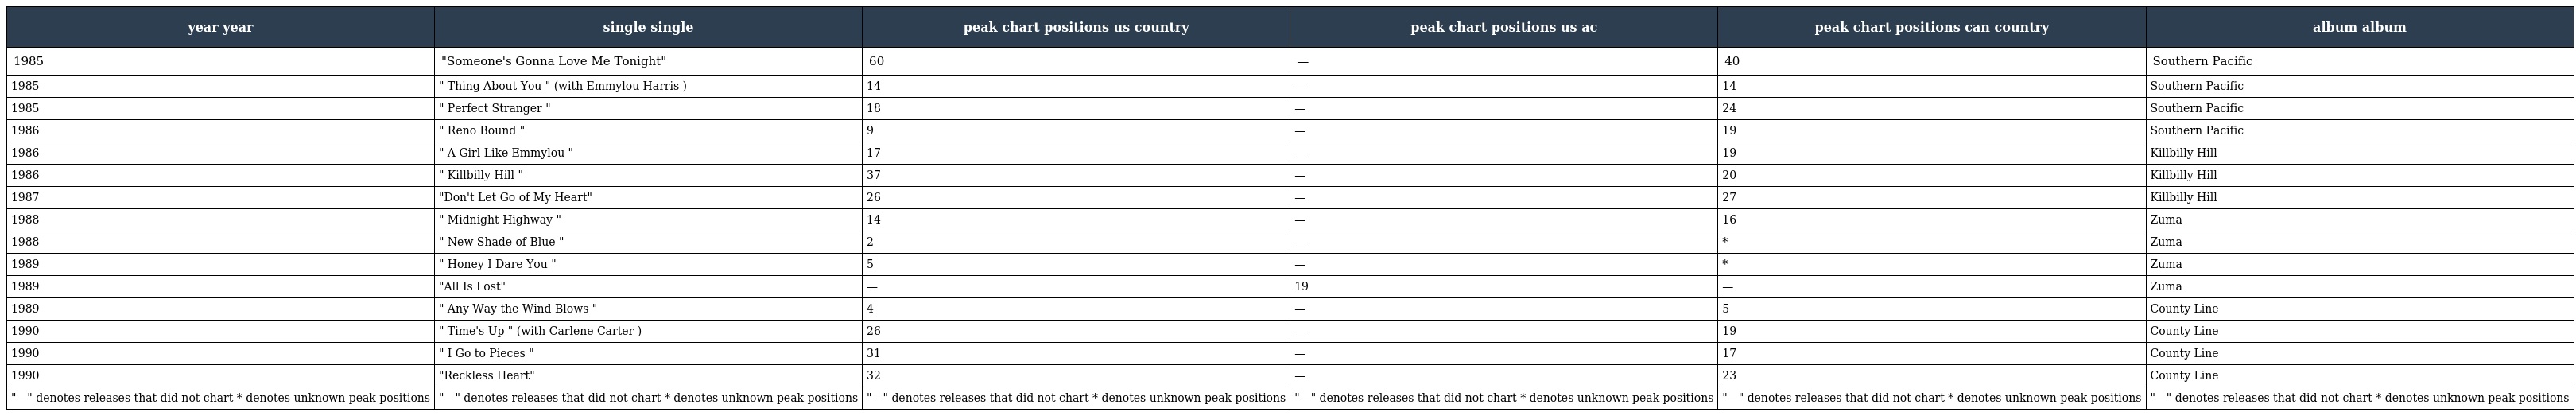
| year year | single single | peak chart positions us country | peak chart positions us ac | peak chart positions can country | album album |
 | --- | --- | --- | --- | --- | --- |
 | 1985 | "Someone's Gonna Love Me Tonight" | 60 | — | 40 | Southern Pacific |
 | 1985 | " Thing About You " (with Emmylou Harris ) | 14 | — | 14 | Southern Pacific |
 | 1985 | " Perfect Stranger " | 18 | — | 24 | Southern Pacific |
 | 1986 | " Reno Bound " | 9 | — | 19 | Southern Pacific |
 | 1986 | " A Girl Like Emmylou " | 17 | — | 19 | Killbilly Hill |
 | 1986 | " Killbilly Hill " | 37 | — | 20 | Killbilly Hill |
 | 1987 | "Don't Let Go of My Heart" | 26 | — | 27 | Killbilly Hill |
 | 1988 | " Midnight Highway " | 14 | — | 16 | Zuma |
 | 1988 | " New Shade of Blue " | 2 | — | * | Zuma |
 | 1989 | " Honey I Dare You " | 5 | — | * | Zuma |
 | 1989 | "All Is Lost" | — | 19 | — | Zuma |
 | 1989 | " Any Way the Wind Blows " | 4 | — | 5 | County Line |
 | 1990 | " Time's Up " (with Carlene Carter ) | 26 | — | 19 | County Line |
 | 1990 | " I Go to Pieces " | 31 | — | 17 | County Line |
 | 1990 | "Reckless Heart" | 32 | — | 23 | County Line |
 | "—" denotes releases that did not chart * denotes unknown peak positions | "—" denotes releases that did not chart * denotes unknown peak positions | "—" denotes releases that did not chart * denotes unknown peak positions | "—" denotes releases that did not chart * denotes unknown peak positions | "—" denotes releases that did not chart * denotes unknown peak positions | "—" denotes releases that did not chart * denotes unknown peak positions |